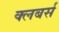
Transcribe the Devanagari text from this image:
क्लबर्स